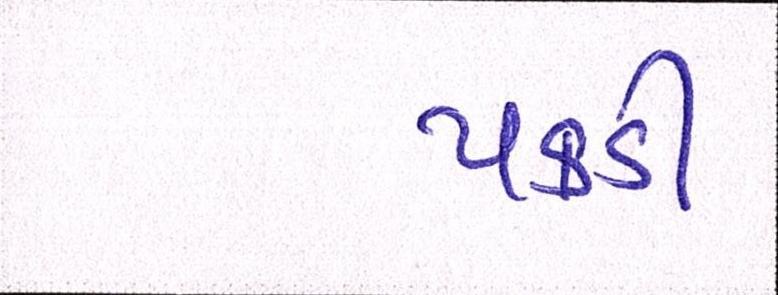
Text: પકડી